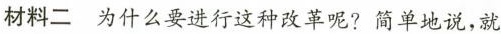
材料二为什么要进行这种改革呢?简单地说，就